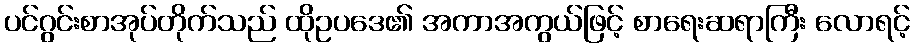
ပင်ဂွင်းစာအုပ်တိုက်သည် ထိုဥပဒေ၏ အကာအကွယ်ဖြင့် စာရေးဆရာကြီး လောရင့်